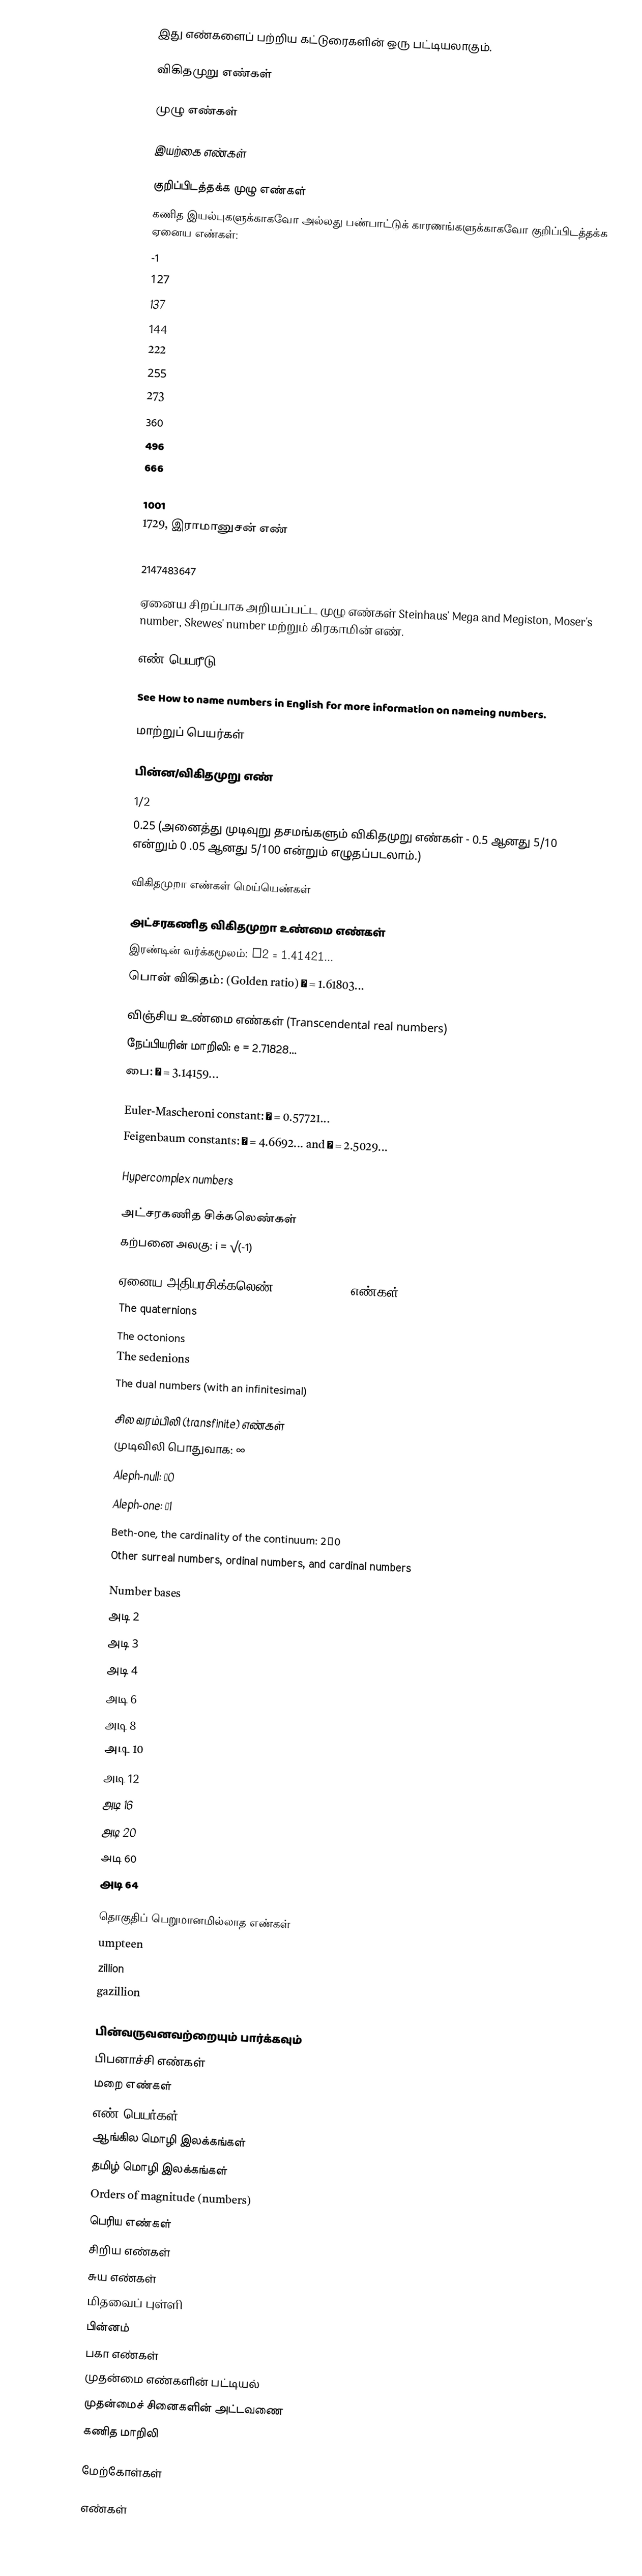
இது எண்களைப் பற்றிய கட்டுரைகளின் ஒரு பட்டியலாகும்.

விகிதமுறு எண்கள்

முழு எண்கள்

இயற்கை எண்கள்

குறிப்பிடத்தக்க முழு எண்கள்
கணித இயல்புகளுக்காகவோ அல்லது பண்பாட்டுக் காரணங்களுக்காகவோ குறிப்பிடத்தக்க ஏனைய எண்கள்:
 -1
 127
 137
 144
 222
 255
 273
 360
 496
 666
 720
 1001
 1729, இராமானுசன் எண்
 32767
 2147483647

ஏனைய சிறப்பாக அறியப்பட்ட முழு எண்கள் Steinhaus' Mega and Megiston, Moser's number, Skewes' number மற்றும் கிரகாமின் எண்.

எண் பெயரீடு

See How to name numbers in English for more information on nameing numbers.

மாற்றுப் பெயர்கள்

பின்ன/விகிதமுறு எண்
 1/2
 0.25 (அனைத்து முடிவுறு தசமங்களும் விகிதமுறு எண்கள் - 0.5 ஆனது 5/10 என்றும் 0 .05 ஆனது 5/100 என்றும் எழுதப்படலாம்.)

விகிதமுறா எண்கள் மெய்யெண்கள்

அட்சரகணித விகிதமுறா உண்மை எண்கள்
 இரண்டின் வர்க்கமூலம்: √2 = 1.41421...
 பொன் விகிதம்: (Golden ratio) φ = 1.61803...

விஞ்சிய உண்மை எண்கள் (Transcendental real numbers)
 நேப்பியரின் மாறிலி: e = 2.71828...
 பை: π = 3.14159...
and probably
 Euler-Mascheroni constant: γ = 0.57721...
 Feigenbaum constants: δ = 4.6692... and α = 2.5029...

Hypercomplex numbers

அட்சரகணித சிக்கலெண்கள்
 கற்பனை அலகு: i = √(-1)

ஏனைய அதிபரசிக்கலெண் (hypercomplex) எண்கள்
 The quaternions
 The octonions
 The sedenions
 The dual numbers (with an infinitesimal)

சில வரம்பிலி (transfinite) எண்கள்
 முடிவிலி பொதுவாக: ∞
 Aleph-null: ℵ0
 Aleph-one: ℵ1
 Beth-one, the cardinality of the continuum: 2ℵ0
 Other surreal numbers, ordinal numbers, and cardinal numbers

Number bases
 அடி 2
 அடி 3
 அடி 4
 அடி 6
 அடி 8
 அடி 10
 அடி 12
 அடி 16
 அடி 20
 அடி 60
 அடி 64

தொகுதிப் பெறுமானமில்லாத எண்கள்
 umpteen
 zillion
 gazillion

பின்வருவனவற்றையும் பார்க்கவும்
 பிபனாச்சி எண்கள்
 மறை எண்கள்
 எண் பெயர்கள்
 ஆங்கில மொழி இலக்கங்கள்
 தமிழ் மொழி இலக்கங்கள்
 Orders of magnitude (numbers)
 பெரிய எண்கள்
 சிறிய எண்கள்
 சுய எண்கள்
 மிதவைப் புள்ளி
 பின்னம்
 பகா எண்கள்
 முதன்மை எண்களின் பட்டியல்
 முதன்மைச் சினைகளின் அட்டவணை
 கணித மாறிலி

மேற்கோள்கள்

எண்கள்